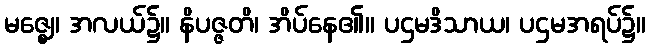
မဇ္ဈေ၊ အလယ်၌။ နိပဇ္ဇတိ၊ အိပ်နေ၏။ ပဌမဒိသာယ၊ ပဌမအရပ်၌။